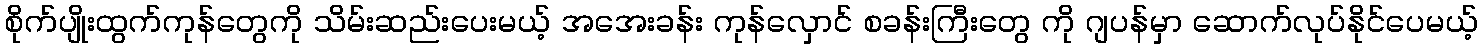
စိုက်ပျိုးထွက်ကုန်တွေကို သိမ်းဆည်းပေးမယ့် အအေးခန်း ကုန်လှောင် စခန်းကြီးတွေ ကို ဂျပန်မှာ ဆောက်လုပ်နိုင်ပေမယ့်